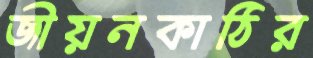
জীয়নকাঠির